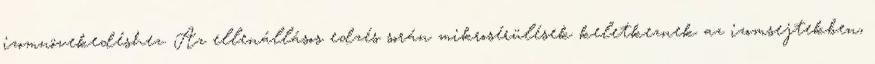
izomnövekedéshez. Az ellenállásos edzés során mikrosérülések keletkeznek az izomsejtekben,